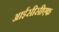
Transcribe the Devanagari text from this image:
आईसीसीएफ